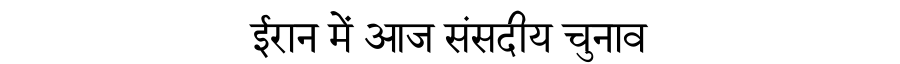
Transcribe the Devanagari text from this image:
ईरान में आज संसदीय चुनाव